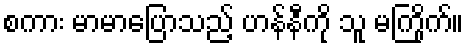
စကား မာမာပြောသည့် ဟန်နီကို သူ မကြိုက်။